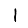
Digit: 1